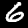
Label: 6